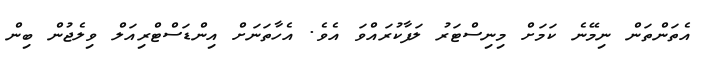
އެތަންތަން ނިމޭނެ ކަމަށް މިނިސްޓަރު ލަފާކުރައްވަ އެވެ. އެހާތަނަށް އިންޑަސްޓްރިއަލް ވިލެޖުން ބިން